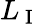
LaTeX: L_{\mathrm{~I~}}